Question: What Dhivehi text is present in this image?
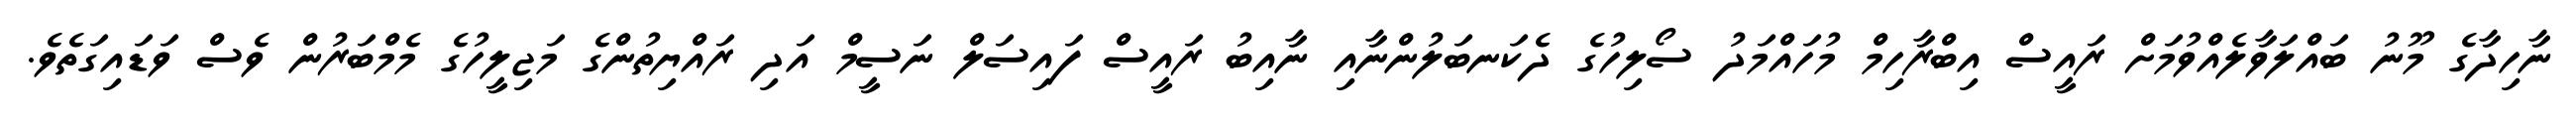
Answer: ނާހިދާގެ މޫނު ބައްލަވާލެއްވުމަށް ރައީސް އިބްރާހިމް މުހައްމަދު ސޯލިހުގެ ދެކަނބަލުންނާއި ނާއިބު ރައީސް ފައިސަލް ނަސީމް އަދި ރައްޔިތުންގެ މަޖިލީހުގެ މެމްބަރުން ވެސް ވަޑައިގަތެވެ.